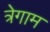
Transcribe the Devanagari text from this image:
त्रेगाम